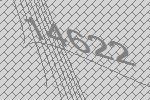
14622